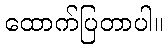
ထောက်ပြတာပါ။